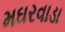
મઘરવાડા